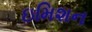
ઇમિશન